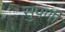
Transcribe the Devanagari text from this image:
सुपर्णी